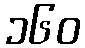
၁၆၀